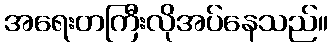
အရေးတကြီးလိုအပ်နေသည်။